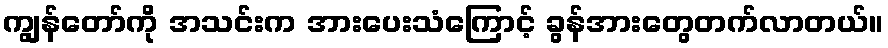
ကျွန်တော်ကို အသင်းက အားပေးသံကြောင့် ခွန်အားတွေတက်လာတယ်။